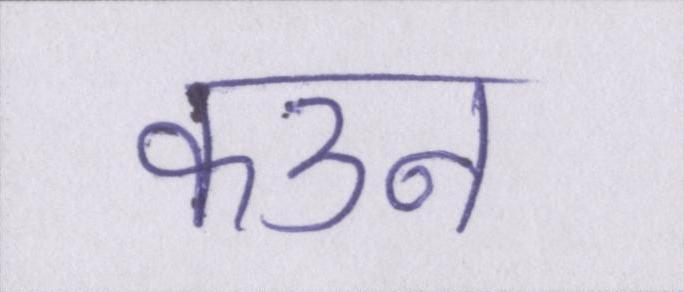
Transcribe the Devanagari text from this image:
कउन